Vaccination Hyderabad 1872-1889 - 1872-1889
Year: 1872
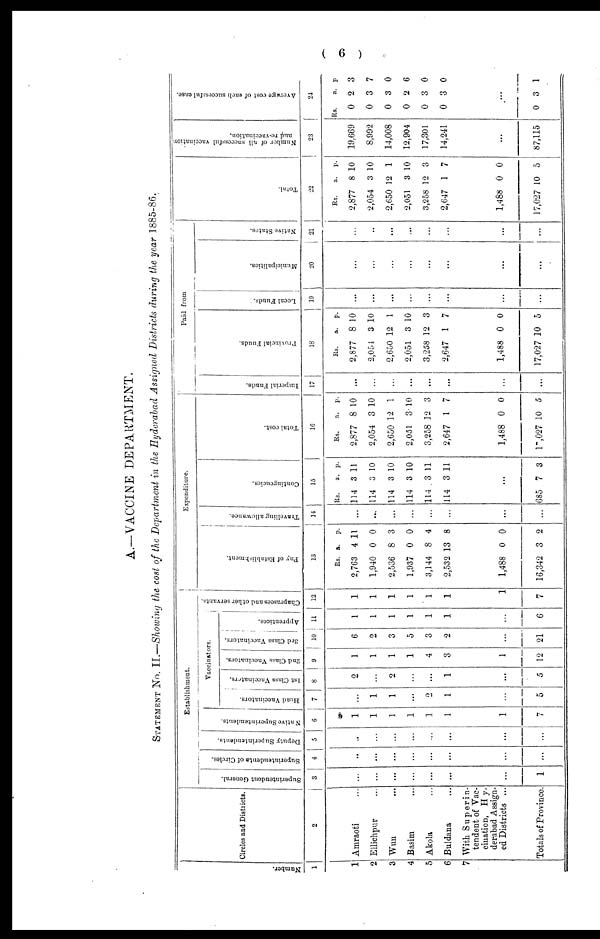
( 6 )
A.—VACCINE DEPARTMENT.
STATEMENT No. II.—Showing the cost of the Department in the Hyderabad Assigned Districts during the year 1885-86.
Number.
1
1
2
3
4
5
6
7
Circles and Districts.
2
Amraoti ...
Ellichpur ...
Wun ...
Basim ...
Akola ...
Buldana ...
With Superin-
tendent of Vac-
cination, Hy¬
derabad Assign-
ed Districts ...
Totals of Province.
Establishment.
Superintendent General.
3
...
...
...
...
...
...
...
1
Superintendents of Circles.
4
...
...
...
...
...
...
...
...
Deputy Superintendents.
5
...
...
...
...
...
...
...
...
Native Superintendents.
6
1
1
1
1
1
1
1
7
Vaccinators.
Head Vaccinators.
7
...
1
1
...
2
1
...
5
1st Class Vaccinators.
8
2
...
2
...
...
1
...
5
2nd Class Vaccinators.
9
1
1
1
1
4
3
1
12
3rd Class Vaccinators.
10
61
2
3
5
3
2
...
21
Apprentices.
11
1
1
1
1
1
1
...
6
Chaprasees and other servants.
12
1
1
1
1
1
1
1
7
Expenditure.
Pay of Establishment.
13
Rs.
2,763
1,940
2,536
1,937
3,144
2,532
1,488
16,342
a.
4
0
8
0
8
13
0
3
p.
11
0
3
0
4
8
0
2
Travelling allowance.
14
...
...
...
...
...
...
...
...
Contingencies.
15
Rs.
114
114
114
114
114
114
a.
3
3
3
3
3
3
p.
11
10
10
10
11
11
...
685 7 3
Total cost.
16
Rs.
2,877
2,054
2,650
2,051
3,258
2,647
1,488
17,027
a.
8
3
12
3
12
1
0
10
p.
10
10
1
10
3
7
0
5
Paid from
Imperial Funds.
17
...
...
...
...
...
...
...
...
Provincial Funds.
18
Rs.
2,877
2,054
2,650
2,051
3,258
2,647
1,488
17,027
a.
8
3
12
3
12
1
0
10
p.
10
10
1
10
3
7
0
5
Local Funds.
19
...
...
...
...
...
...
...
...
Municipalities.
20
...
...
...
...
...
...
...
...
Native States.
21
...
...
...
...
...
...
...
...
Total.
22
Rs.
2,877
2,054
2,650
2,051
3,258
2,647
1,488
17,027
a.
8
3
12
3
12
1
0
10
p.
10
10
1
10
3
7
0
5
Number of all successful vaccination
and re-vaccination.
23
19,669
8,992
14,008
12,904
17,301
14,241
...
87,115
Average cost of each successful case.
24
Rs.
0
0
0
0
0
0
a.
2
3
3
2
3
3
p.
3
7
0
6
0
0
...
0 3 1